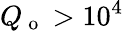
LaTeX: Q_{\mathrm{~o~}}>10^{4}